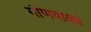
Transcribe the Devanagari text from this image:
गौणवाक्ये